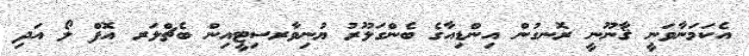
އެކަމަނާވަނީ ޤާނޫނީ ރޮނގުން އިންޑިއާގެ ބެންގަލޫރު ޔުނިވާރސިޓީއިން ބެޗްލަރ އޮފް ލޯ އަދި